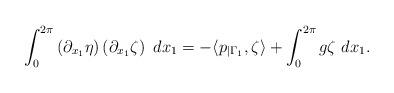
LaTeX: \begin{align*}\int_0^{2\pi} \left(\partial_{x_1} \eta\right)\left(\partial_{x_1} \zeta\right) \ dx_1=-\langle p_{|\Gamma_1},\zeta \rangle+\int_0^{2\pi} g \zeta \ dx_1.\end{align*}